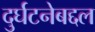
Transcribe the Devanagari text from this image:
दुर्घटनेबद्दल